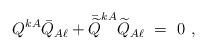
LaTeX: \begin{align*}Q^{kA}\bar Q_{A\ell}+\bar{\widetilde Q}^{kA}\widetilde Q_{A\ell}\ =\ 0\ ,\end{align*}